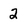
Character: 2